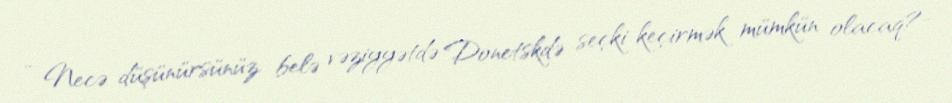
- Necə düşünürsünüz, belə vəziyyətdə Donetskdə seçki keçirmək mümkün olacaq?-